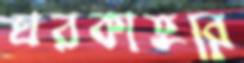
ঘরকাতুরে